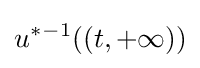
u^{*}{}^{-1}((t,+\infty ))